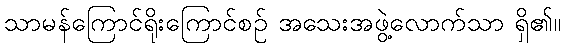
သာမန်ကြောင်ရိုးကြောင်စဉ် အသေးအဖွဲ့လောက်သာ ရှိ၏။